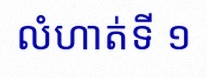
លំហាត់ទី ១